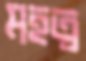
মহত্ব